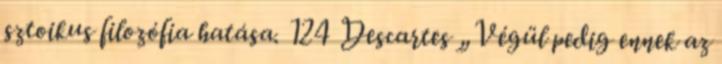
sztoikus filozófia hatása. 124 Descartes „Végül pedig ennek az